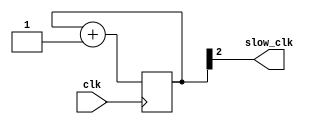
module clk_test (
  input wire clk,
  output wire slow_clk
);

reg [2:0] cntr;

assign slow_clk = cntr[2];

initial begin
	cntr = 0;
end

always @(posedge clk)
begin
  cntr <= cntr + 1'b1;
end


endmodule